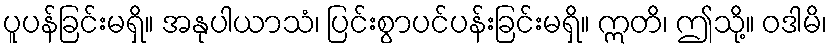
ပူပန်ခြင်းမရှိ။ အနုပါယာသံ၊ ပြင်းစွာပင်ပန်းခြင်းမရှိ။ ဣတိ၊ ဤသို့။ ဝဒါမိ၊